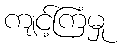
ကျင့်ကြံမှု